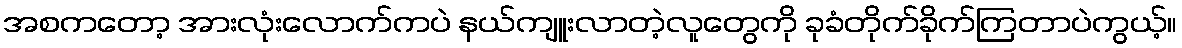
အစကတော့ အားလုံးလောက်ကပဲ နယ်ကျူးလာတဲ့လူတွေကို ခုခံတိုက်ခိုက်ကြတာပဲကွယ့်။